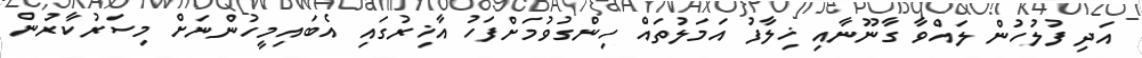
އަދި ފުލުހުން ލައްވާ ގާނޫނާއި ޚިލާފު އަމަލުތައް ހިންގުވުމަށްފަހު އާޚިރުގައި އެބައިމީހުންނަށް މިސަރުކާރުން